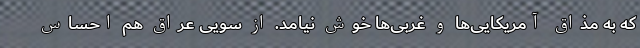
که به مذاق آمریکایی‌ها و غربی‌ها خوش نیامد. از سویی عراق هم احساس